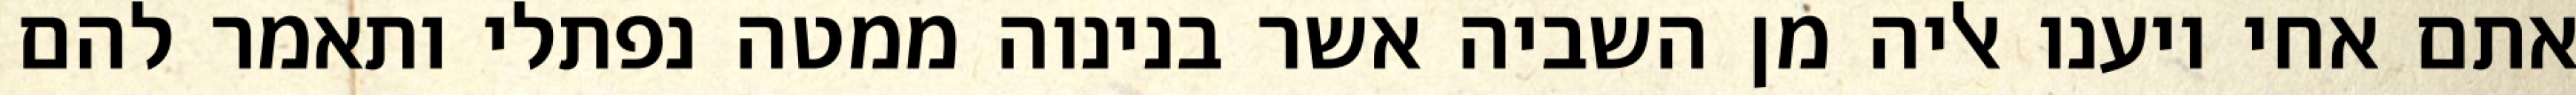
אתם אחי ויענו אליה מן השביה אשר בנינוה ממטה נפתלי ותאמר להם